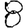
Digit: 8